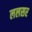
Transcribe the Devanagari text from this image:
ललसर